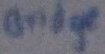
Text: bridge